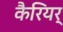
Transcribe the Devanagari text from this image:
कैरियर्